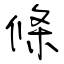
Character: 條